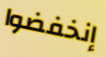
إنخفضوا